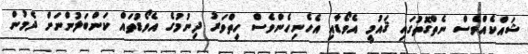
ޝައްކެއްވެސް ނެތްގޮތުގައި ޤައުމީ އެވޯޑާއި އެހެނިހެންވެސް ހިތްވަރު ދިނުމުގެ އެވޯޑުތައް ކަންބަލުންނަށް ދެމުން